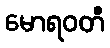
မောရဝတီ